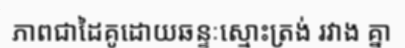
ភាពជាដៃគូដោយឆន្ទៈស្មោះត្រង់ រវាង គ្នា